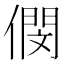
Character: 𠎓